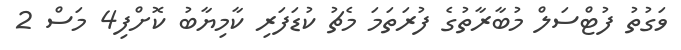
ވަގުތު ފުޓްސަލް މުބާރާތުގެ ފުރަތަމަ މެޗު ކުޑަފަރި ކާމިޔާބު ކޮށްފި4 މަސް 2